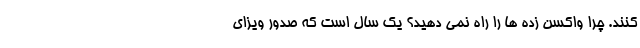
کنند. چرا واکسن ‌زده ‌ها را راه نمی ‌دهید؟ یک سال است که صدور ویزای